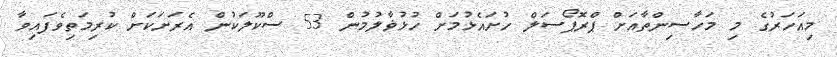
މިއަހަރުގެ މި މަހާސިންތާއަށް ޕްރޮޕޯސަލް ހުށައެޅުމަށް ހުޅުޥާލުމުން 53 ސްކޫލަކުން އެރަށަކަށް ކުރިމަތިވެފައިވާ